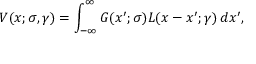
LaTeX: V ( x ; \sigma , \gamma ) = \int _ { - \infty } ^ { \infty } G ( x ^ { \prime } ; \sigma ) L ( x - x ^ { \prime } ; \gamma ) \, d x ^ { \prime } ,